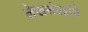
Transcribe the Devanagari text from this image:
लेखसंग्रहांचे